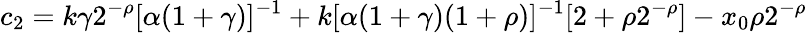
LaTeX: c_{2}=k\gamma 2^{-\rho}[\alpha(1+\gamma)]^{-1}+k[\alpha(1+\gamma)(1+\rho)]^{-1}[2+\rho 2^{-\rho}]-x_{0}\rho 2^{-\rho}